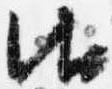
御